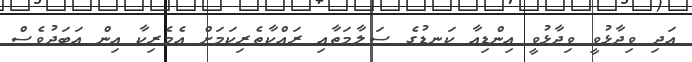
އަދި ވިދާޅުވީ ވިދާޅުވީ އިންޑިއާ ކަނޑުގެ ސަލާމަތާއި ރައްކާތެރިކަމަށް އެމެރިކާ އިން އަބަދުވެސް